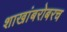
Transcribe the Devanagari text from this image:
शाखांबरोबरच